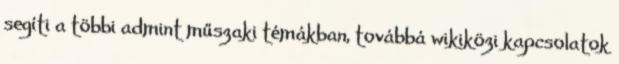
segíti a többi admint műszaki témákban, továbbá wikiközi kapcsolatok